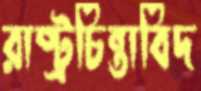
রাষ্ট্রচিন্তাবিদ